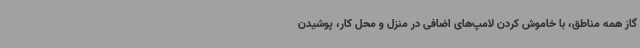
گاز همه مناطق، با خاموش کردن لامپ‌های اضافی در منزل و محل کار، پوشیدن